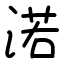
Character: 渃